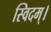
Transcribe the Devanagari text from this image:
स्विदम्।